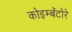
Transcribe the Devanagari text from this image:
कोइम्बॅटोरे